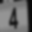
Digit: 4